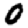
Digit: 0